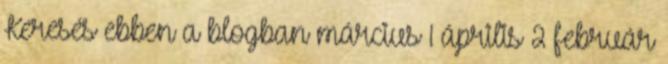
Keresés ebben a blogban március 1 április 2 február